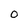
Character: 0